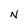
Character: N